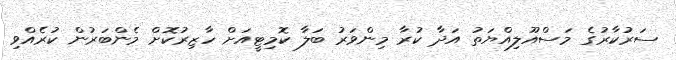
ސަރުކާރުގެ މަސްއޫލިއްޔަތު އަދާ ކުރާ މިންވަރު ބަލާ ކޮމިޓީއަށް ހާޒިރުކޮށް މެންބަރުން ކުރެއްވި